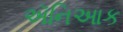
ઍનિઆક